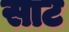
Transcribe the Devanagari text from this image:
साट